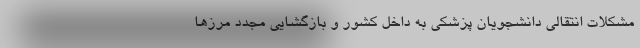
مشکلات انتقالی دانشجویان پزشکی به داخل کشور و بازگشایی مجدد مرزها